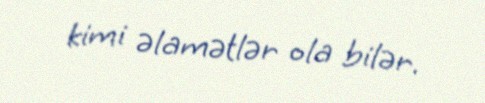
kimi əlamətlər ola bilər.